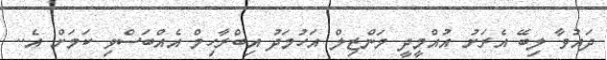
ދައުވާ ލިބޭ އެރަށު އުއްމީދީ މަންޒިލް އަހުމަދު އިބްރާހިމް އެއްބަސްވި ކަމަށް އެ..